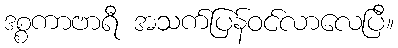
ဒစ္စကာဗာရီ အသက်ပြန်ဝင်လာလေပြီ။